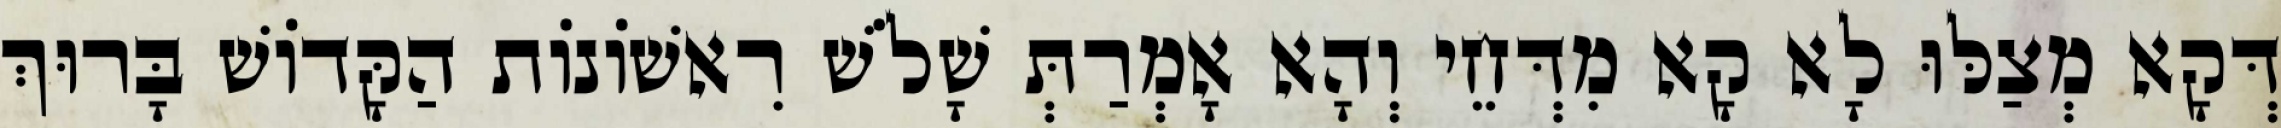
דְּקָא מְצַלּוּ לָא קָא מִדְּחֵי וְהָא אָמְרַתְּ שָׁלֹשׁ רִאשׁוֹנוֹת הַקָּדוֹשׁ בָּרוּךְ